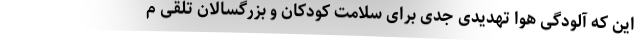
این که آلودگی هوا تهدیدی جدی برای سلامت کودکان و بزرگسالان تلقی م